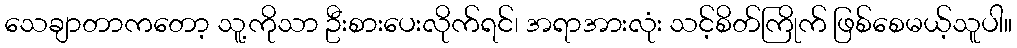
သေချာတာကတော့ သူ့ကိုသာ ဦးစားပေးလိုက်ရင်၊ အရာအားလုံး သင့်စိတ်ကြိုက် ဖြစ်စေမယ့်သူပါ။